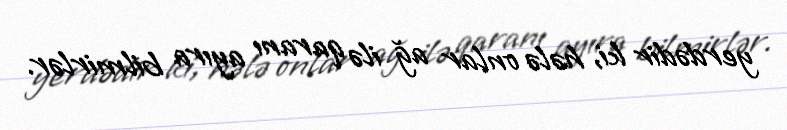
yerdədir ki, hələ onlar ağ ilə qaranı ayıra bilmirlər.